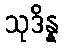
သုဒိန္န